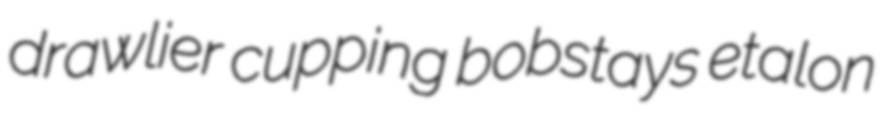
drawlier cupping bobstays etalon